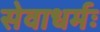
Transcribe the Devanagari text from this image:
सेवाधर्मः